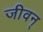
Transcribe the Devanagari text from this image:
जीवन्